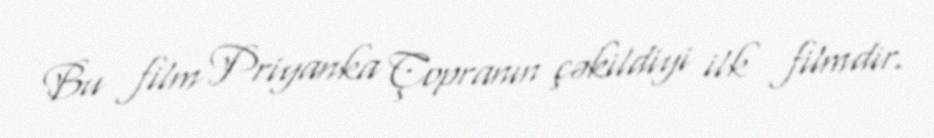
Bu film Priyanka Çopranın çəkildiyi ilk filmdir.